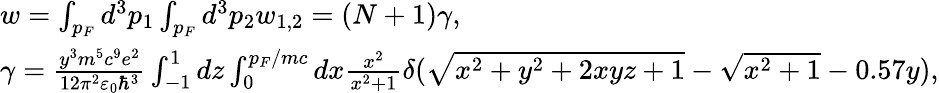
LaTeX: \begin{array}{l}{w=\int_{p_{F}}d^{3}p_{1}\int_{p_{F}}d^{3}p_{2}w_{1,2}=(N+1)\gamma,}\\ {\gamma=\frac{y^{3}m^{5}c^{9}e^{2}}{12\pi^{2}\varepsilon_{0}\hbar^{3}}\int_{-1}^{1}dz\int_{0}^{p_{F}/mc}dx\frac{x^{2}}{x^{2}+1}\delta(\sqrt{x^{2}+y^{2}+2xyz+1}-\sqrt{x^{2}+1}-0.57y),}\end{array}